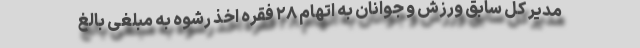
مدیر کل سابق ورزش و جوانان به اتهام ۲۸ فقره اخذ رشوه به مبلغی بالغ